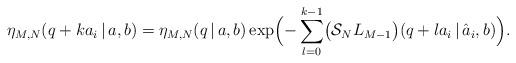
LaTeX: \begin{align*}\eta_{M,N}(q+k a_i\,|\,a, b) = \eta_{M,N}(q\,|\,a, b)\exp\Bigl(-\sum_{l=0}^{k-1} \bigl(\mathcal{S}_NL_{M-1}\bigr)(q+la_i\,|\,\hat{a}_i, b)\Bigr).\end{align*}